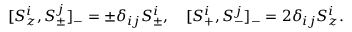
[ S \sp i \sb z , S \sp j \sb \pm ] \sb - = \pm \delta \sb { i j } S \sp i \sb \pm , \quad [ S \sp i \sb + , S \sp j \sb - ] \sb - = 2 \delta \sb { i j } S \sp i \sb z .